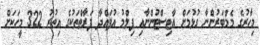
މިހާރުގެ މެމްބަރުންނާ ގުޅުމަށް އާޓިސްޓުންނާއި ފިލްމު އުފައްދާ ފަރާތްތަކުގެ އިތުރު 322 މީހަކަށް